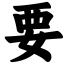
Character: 要